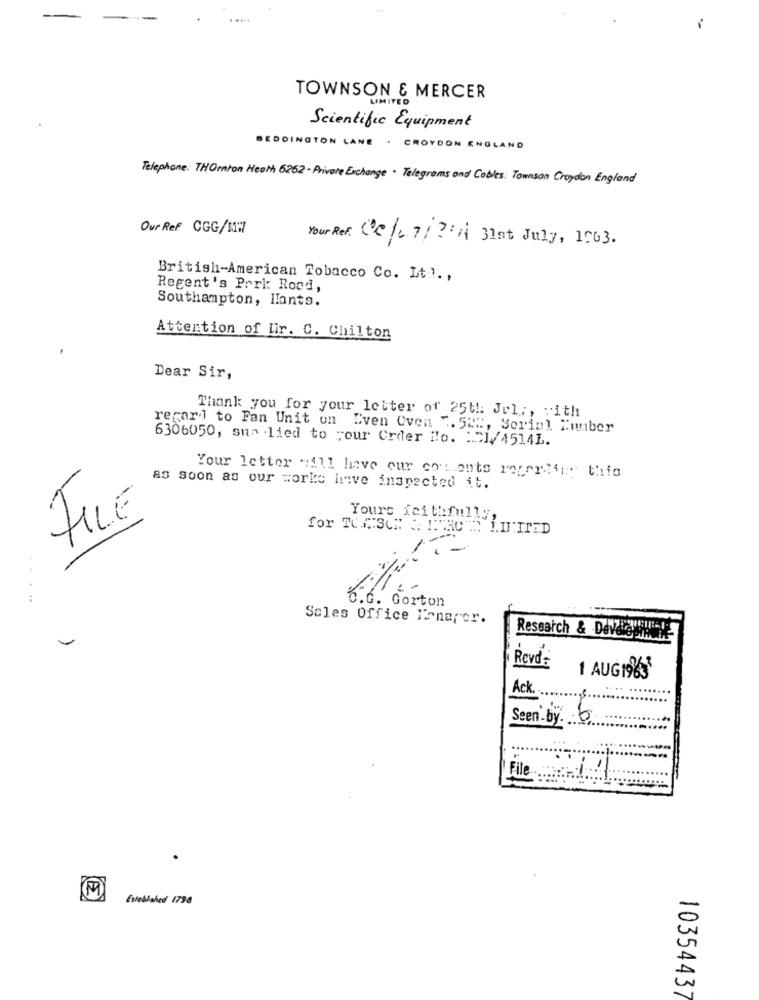
-
TOWNSON & MERCER
LIMITED
Scientific Equipment
BEDDINGTON LANE . CROYDON ENGLAND
Telephone: THOrton Heath 6262 - Private Exchange . Telegrams and Cobles: Townson Croydon England
Our Ref CGG/11:7
Your Ref. De/0 7/2:A 31st July, 1963.
British-American Tobacco Co. It ..,
Regent's Park Road,
Southampton, Ilants.
Attention of Lir. C. Chilton
Dear Sir,
Thank you for your letter of 25th Jul ., with
recar] to Fan Unit on Even Oven 7. 52",
sam, Serial Number
6306050, sua lied to your Order No. : 21/4514L.
Your letter "ill have our cot.onts regerli: this
as soon as our worke inve inspected it.
FILE
Yours faithfully,
for TUCSON & IMAC 2. LIMITED
. Gorton
Sales Office Trnapor.
Research & DevdieWhat
Rovd-
1 AUG19KS
Ack.
Seen by. 6
File
M
Established 1796
10354437